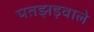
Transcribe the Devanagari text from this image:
पतझड़वाले